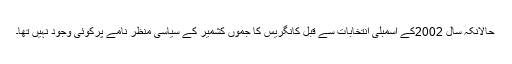
حالانکہ سال 2002کے اسمبلی انتخابات سے قبل کانگریس کا جموں کشمیر کے سیاسی منظر نامے پرکوئی وجود نہیں تھا۔